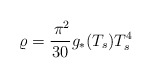
\begin{align*}\varrho=\frac{\,\pi^2}{30}g_{\ast}(T_s)T_s^4\end{align*}